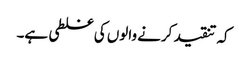
کہ تنقید کرنے والوں کی غلطی ہے۔